Jarvakandi_vallavalitsus, lk 56
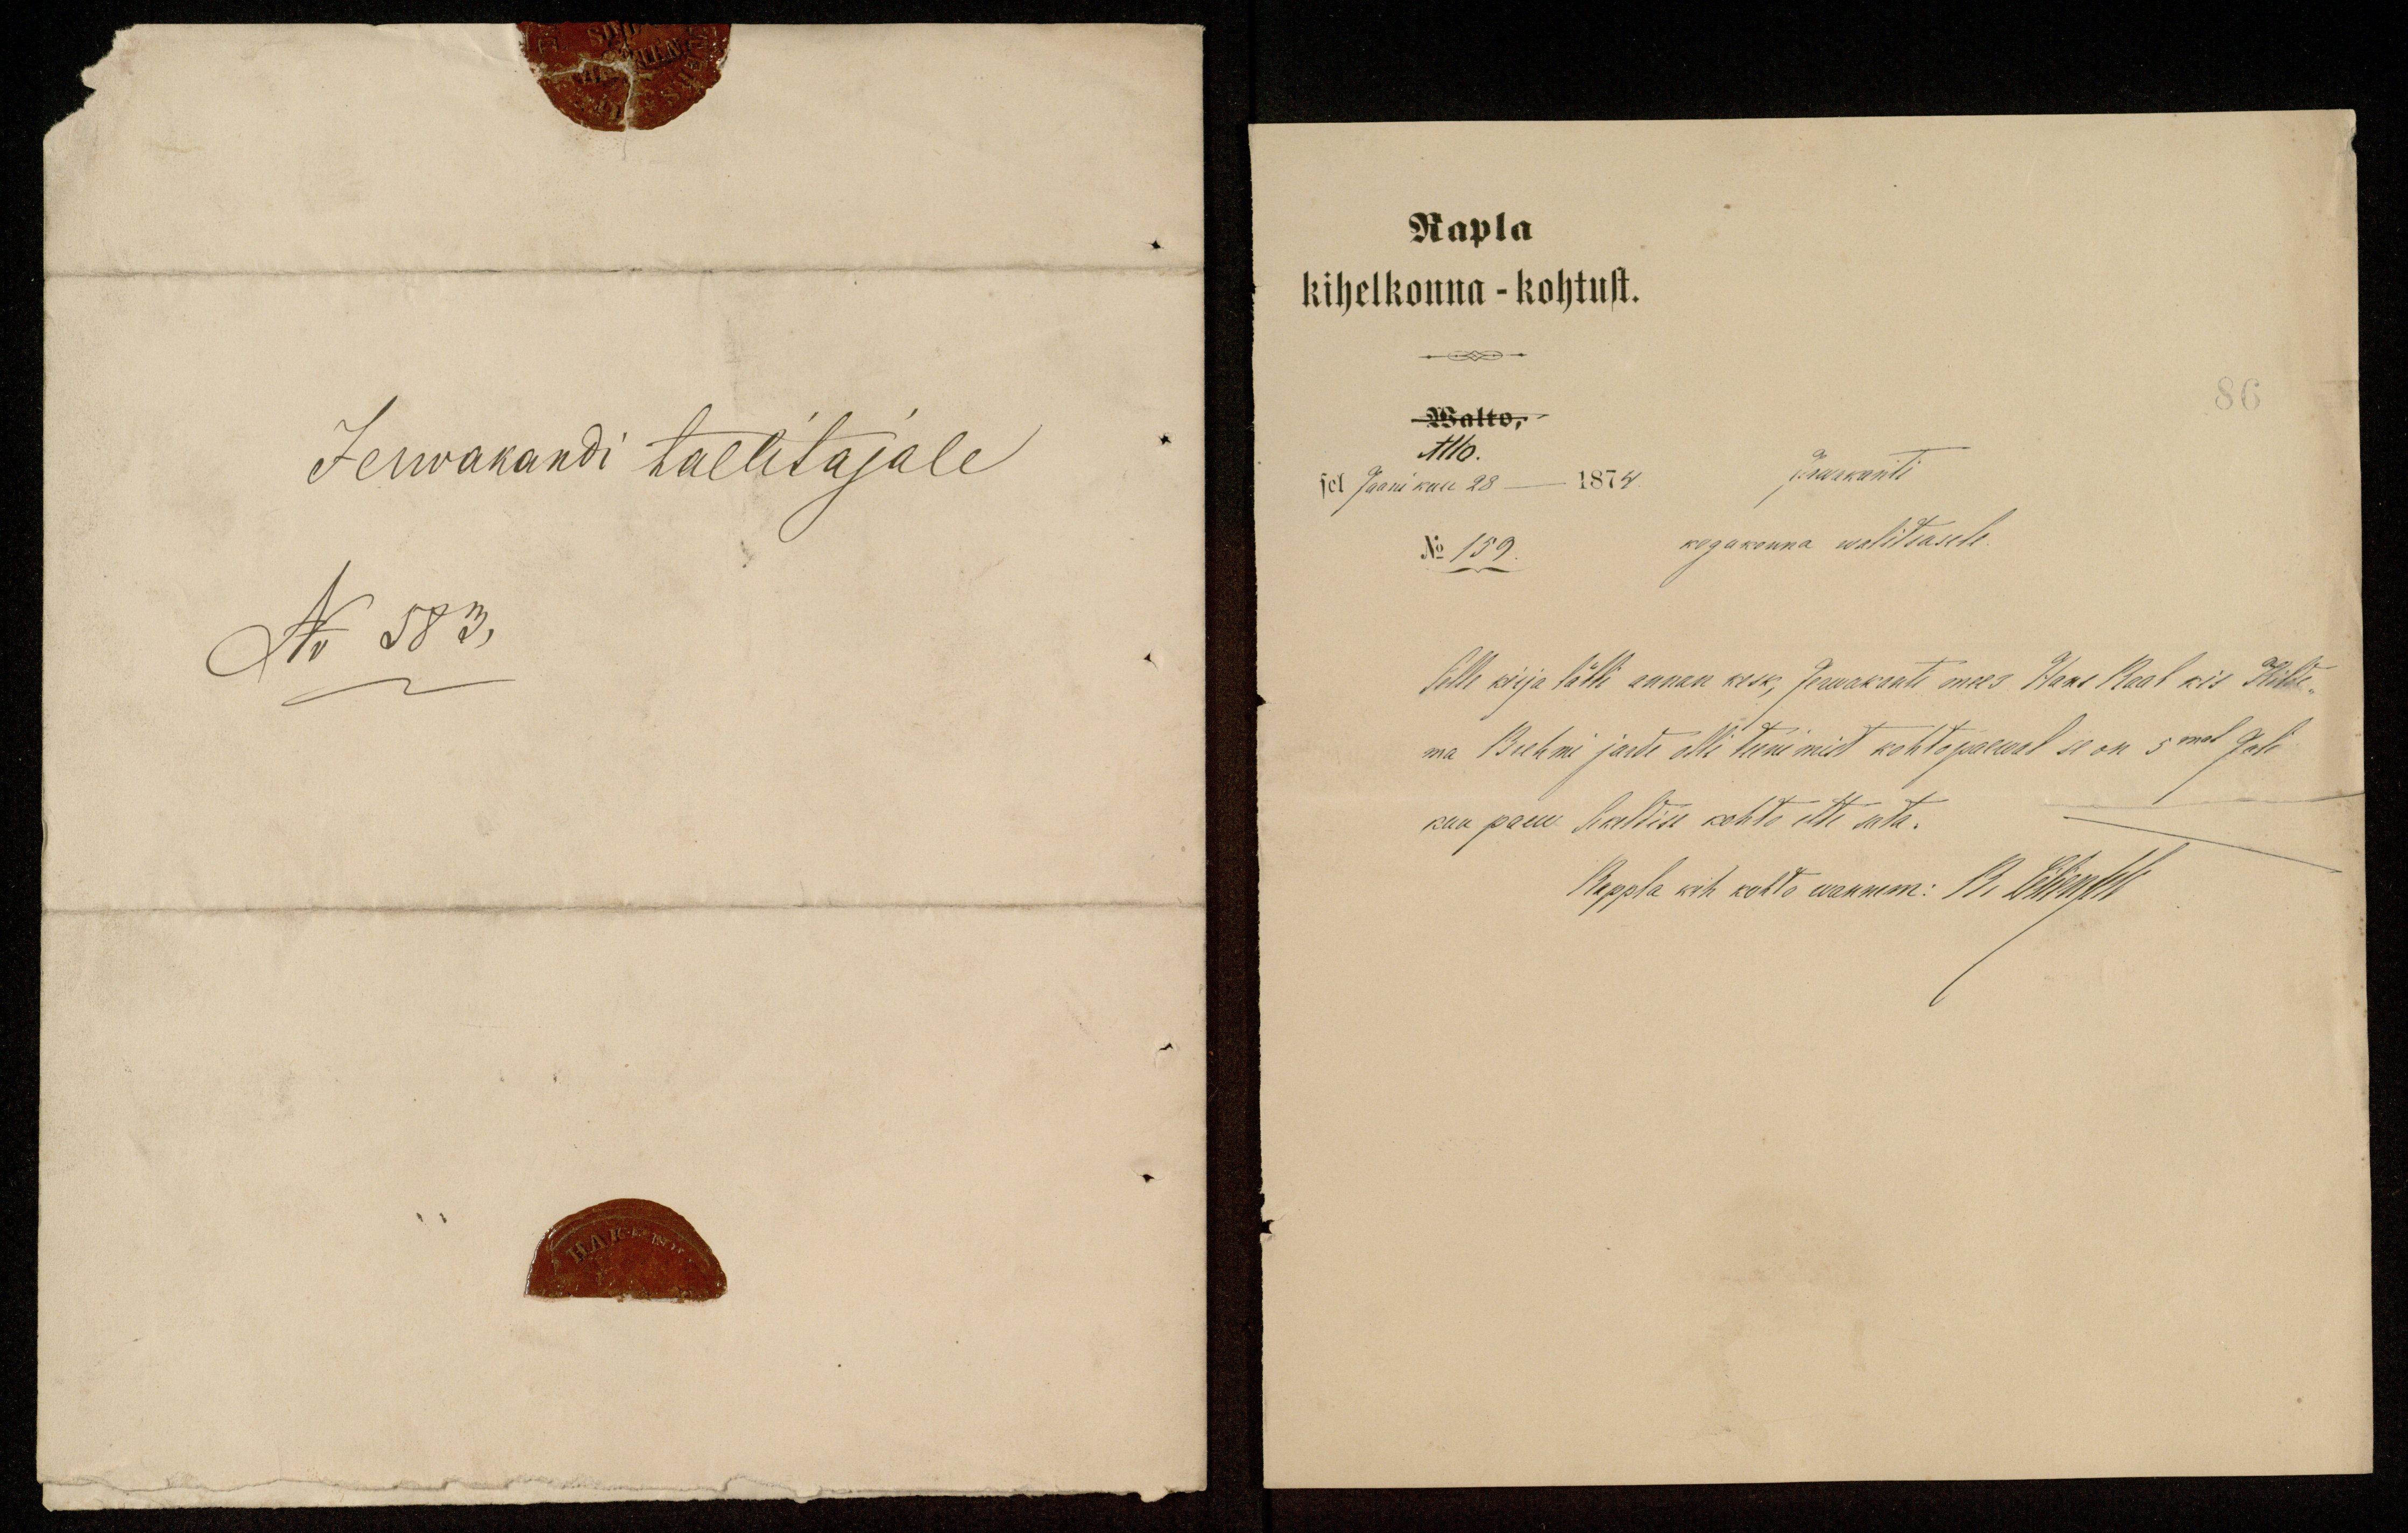
Jerwakandi tallitajale
No 583,

Rapla
kihelkonna - kohtust.
Kalto
Allo.
sel Jaanikuu 28- 1874.
Jerwakanti
No 159
kogukonna walitsusele.
selle kirja läbbi annan kõik, Jerwakanti mees Hans Kaal kis Hiht-
ma Beebri järde olli teenimist kohto päewal se on 5mal Juli
kuu paew sialdise kohto ette sata.
Rappla kih kohto wannem: B. Märts